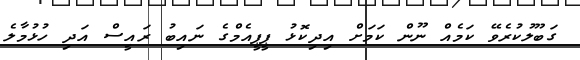
ގަބޫލުކުރެވޭ ކަމެއް ނޫން ކަމަށް އިދިކޮޅު ޕީޕީއެމްގެ ނައިބު ރައީސް އަދި ހުޅުމާލެ